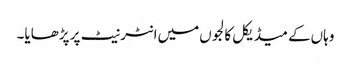
وہاں‌کے میڈیکل کالجوں‌میں‌انٹرنیٹ پر پڑھایا۔